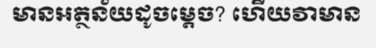
មានអត្ថន័យដូចម្តេច? ហើយវាមាន